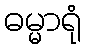
ဓမ္မာရုံ